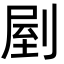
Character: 剭